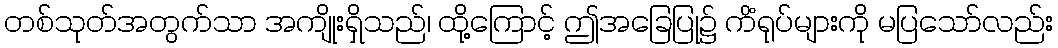
တစ်သုတ်အတွက်သာ အကျိုးရှိသည်၊ ထို့ကြောင့် ဤအခြေပြု၌ ကိံရုပ်များကို မပြသော်လည်း